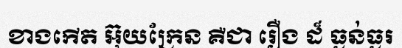
ខាងកើត អ៊ុយក្រែន គឺជា រឿង ដ៏ ធ្ងន់ធ្ងរ